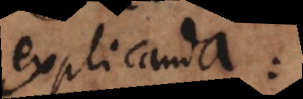
explicanda: